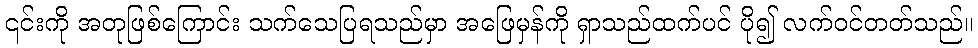
၎င်းကို အတုဖြစ်ကြောင်း သက်သေပြရသည်မှာ အဖြေမှန်ကို ရှာသည်ထက်ပင် ပို၍ လက်ဝင်တတ်သည်။